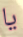
يا